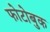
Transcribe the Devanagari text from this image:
फोटोबुक